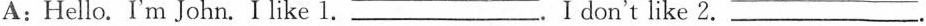
A:Hello. I'm John. I like 1. ___Ⅰ don't like 2. ___.